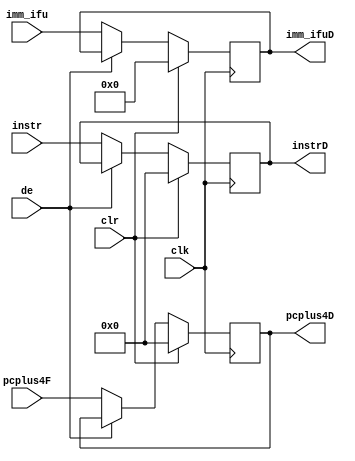
module IFID(clr,de,clk,instr,imm_ifu,imm_ifuD,pcplus4F,pcplus4D,instrD);
  input clk,clr,de;
  input [31:0]instr;
  input [15:0] imm_ifu;
  input [31:0] pcplus4F;
  output reg[31:0] pcplus4D;
  output reg[31:0] instrD;
  output reg [15:0] imm_ifuD;
  always @(posedge clk)begin
  if(clr)begin//PCSrcD
    instrD=0;
    imm_ifuD=0;
    pcplus4D=0;
end 
else if(de)begin//stallD-hold value
    instrD=instrD;
    imm_ifuD=imm_ifuD;
    pcplus4D=pcplus4D;
  end
  else begin
    instrD=instr;
    imm_ifuD=imm_ifu;
    pcplus4D=pcplus4F;
    
  end
  
  
  end
endmodule